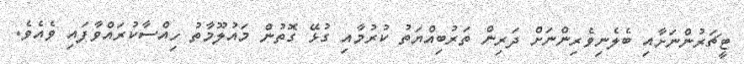
ޓީޗަރުންނަށާއި ބެލެނިވެރިންނަށް ދަރިން ތަރުބިއްޔަތު ކުރުމާއި ގުޅޭ ގޮތުން މައުލޫމާތު ހިއްސާކުރައްވާފައި ވެއެވެ.